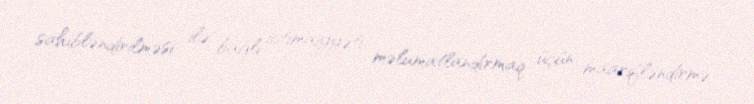
sahibləndirilməsi ilə bağlı ictimaiyyəti məlumatlandırmaq üçün maarifləndirmə